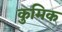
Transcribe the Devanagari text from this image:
कुमिक